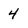
Character: 4